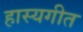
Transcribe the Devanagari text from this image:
हास्यगीत